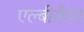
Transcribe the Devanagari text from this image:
एल्बीकैंस